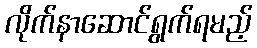
လိုက်နာဆောင်ရွက်ရမည့်